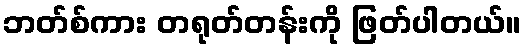
ဘတ်စ်ကား တရုတ်တန်းကို ဖြတ်ပါတယ်။